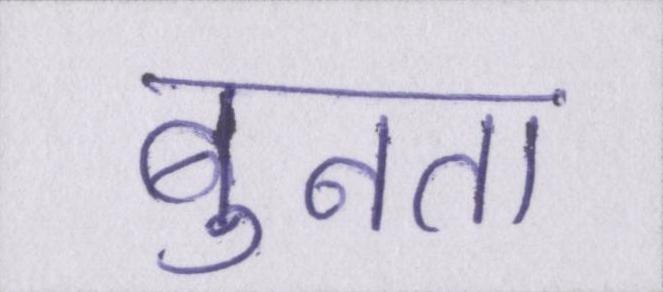
बुनता